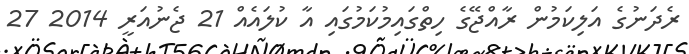
ރެދަނުގެ އަލިކަމުން ރާއްޖޭގެ ހިތްގައިމުކަމުގައި އާ ކުލައެއް 21 ޖެނުއަރީ 2014 27